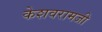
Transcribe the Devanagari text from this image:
केशवरामजी